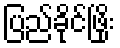
ပြည်ခိုင်ဖြိုး